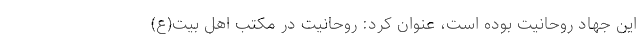
این جهاد روحانیت بوده است، عنوان کرد: روحانیت در مکتب اهل بیت(ع)